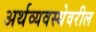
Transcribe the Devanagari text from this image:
अर्थव्यवस्थेवरील